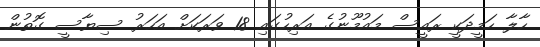
ހާލާ ހަމީދަކީ ރައީސް މައުމޫނުގެ އަރިހުގައި 18 ވަރަކަށް އަހަރު ސިޔާސީ ގޮތުން